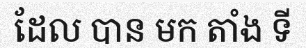
ដែល បាន មក តាំង ទី